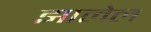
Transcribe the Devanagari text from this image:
झालेल